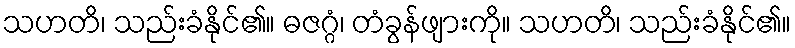
သဟတိ၊ သည်းခံနိုင်၏။ ဓဇဂ္ဂံ၊ တံခွန်ဖျားကို။ သဟတိ၊ သည်းခံနိုင်၏။